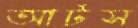
আর্টস